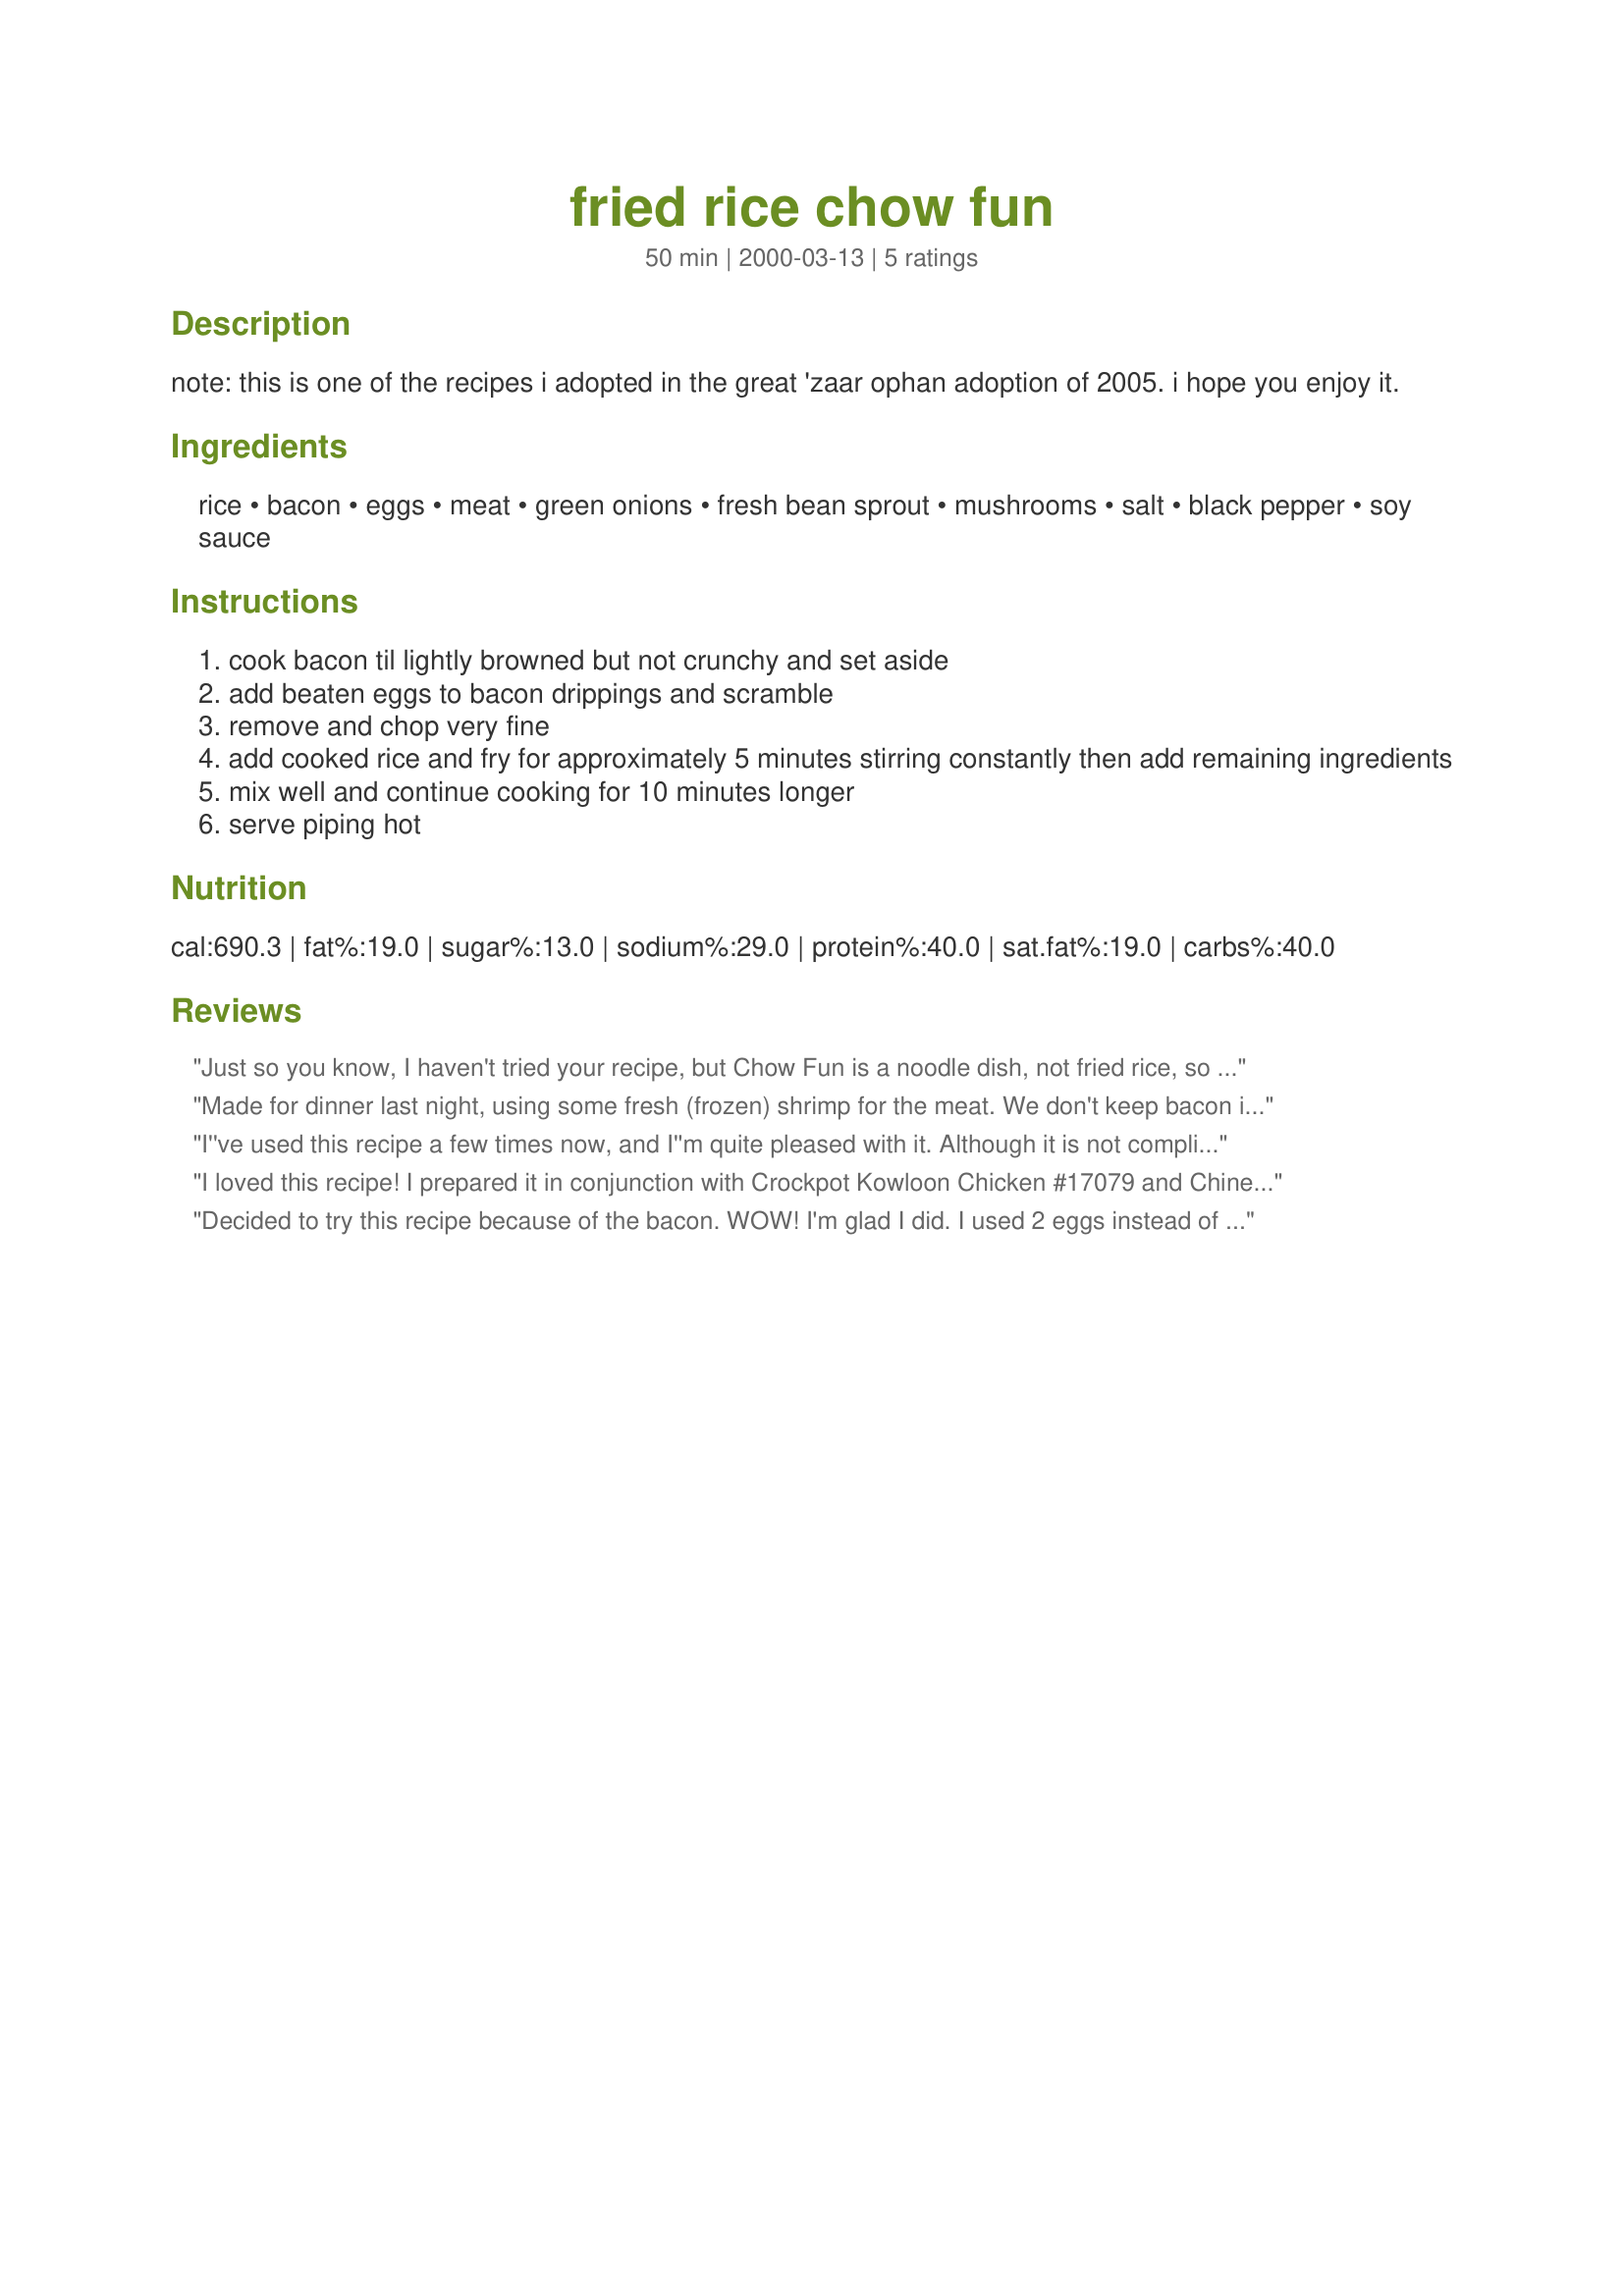
fried rice chow fun
Preparation time: 50 minutes

note: this is one of the recipes i adopted in the great 'zaar ophan adoption of 2005. i hope you enjoy it.

Ingredients:
rice, bacon, eggs, meat, green onions, fresh bean sprout, mushrooms, salt, black pepper, soy sauce

Steps:
cook bacon til lightly browned but not crunchy and set aside
add beaten eggs to bacon drippings and scramble
remove and chop very fine
add cooked rice and fry for approximately 5 minutes stirring constantly then add remaining ingredients
mix well and continue cooking for 10 minutes longer
serve piping hot

Reviews:
Just so you know, I haven't tried your recipe, but Chow Fun is a noodle dish, not fried rice, so you have your recipe name wrong. :)
Made for dinner last night, using some fresh (frozen) shrimp for the meat. We don't keep bacon in the house so I did skip that part and used a combination of regular oil and sesame oil for the frying. This was easy to prepare and tasted yummy. DH had two big bowls of it and was happy.
I''ve used this recipe a few times now, and I''m quite pleased with it. Although it is not complicated, the end result is wonderful.

Depending on my mood, and the availability of meat, I''ve used everything from fish to pork to chicken to beef to lamb as the
I loved this recipe! I prepared it in conjunction with Crockpot Kowloon Chicken #17079 and Chinese Broccoli #28465. I didn't add meat this time because I served it as a side dish. However, next time I plan to try it with small shrimp - can't wait!
Decided to try this recipe because of the bacon. WOW! I'm glad I did. I used 2 eggs instead of 3 and immediately after scrambling the egg, I added 1 1/2 cups of raw, salad-sized shrimp and stir-fried it first, before adding the rice and remaining ingredients. This added a little moisture to the pan but I went ahead and threw in the rice and rest of ingredients and finished it. The result was a yummy flavored fried rice. I'll be using this recipe again!
